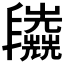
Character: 𠃈